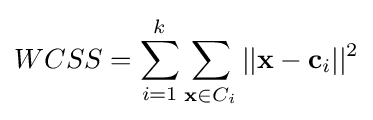
WCSS=\sum _{i=1}^{k}\sum _{\mathbf {x} \in C_{i}}||\mathbf {x} -\mathbf {c} _{i}||^{2}